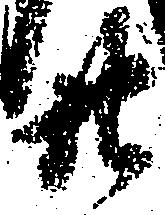
廿